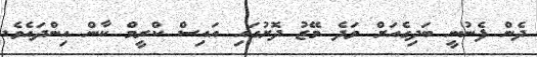
ދެން ފެނުނީ ބަދިގެއަށް ވަދެ މޭޒު ދޮށުގައި އައިސް ކްރީމް ކާން އިންދައެވެ.